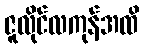
ဇူလိုင်လကုန်အထိ